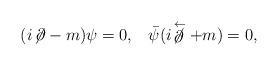
LaTeX: \begin{align*}(i\!\not\!\partial-m)\psi=0, \;\;\; \bar{\psi}(i\!\not\stackrel{\leftarrow}{\partial}+m)=0,\end{align*}